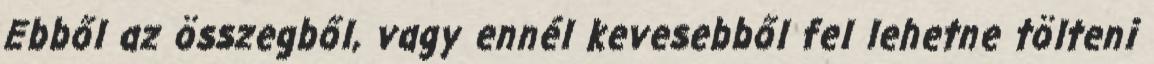
Ebből az összegből, vagy ennél kevesebből fel lehetne tölteni